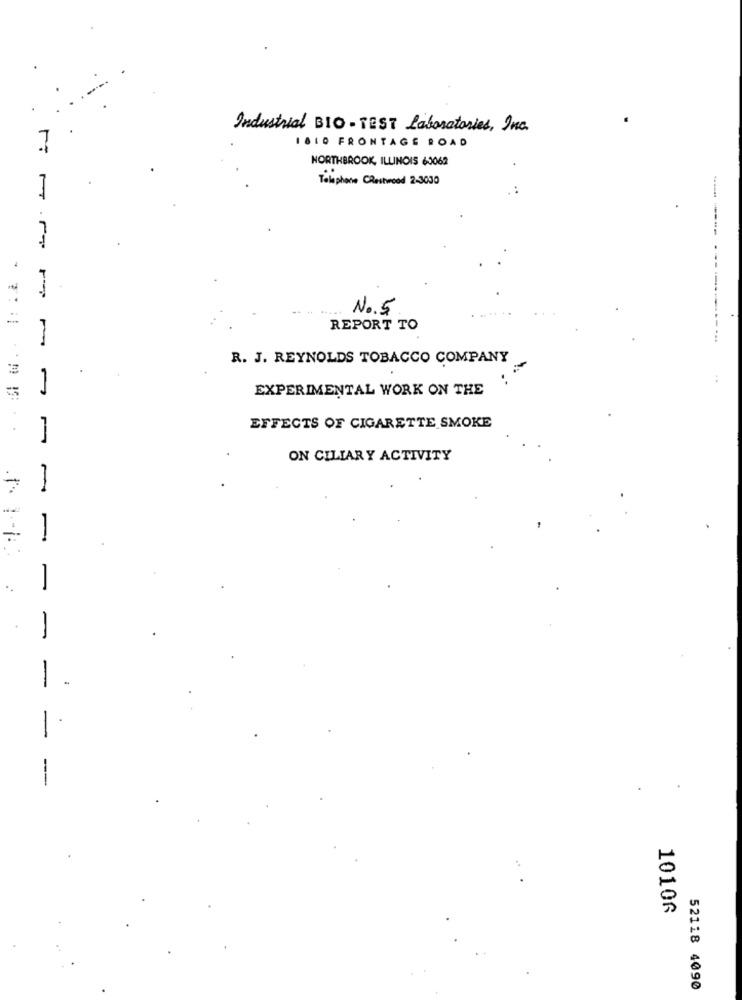
Industrial BIO - TEST Laboratories, Inc.
1810 FRONTAGE ROAD
7
NORTHBROOK, ILLINOIS 60062
Telephone Crestwood 2-3030
------ -------
No.5
REPORT TO
-
R. J. REYNOLDS TOBACCO COMPANY
EXPERIMENTAL WORK ON THE
-
EFFECTS OF CIGARETTE SMOKE
ON CILIARY ACTIVITY
1
-
-
-
-
-
-
10106
52118 4090